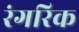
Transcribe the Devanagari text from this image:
रंगरिक